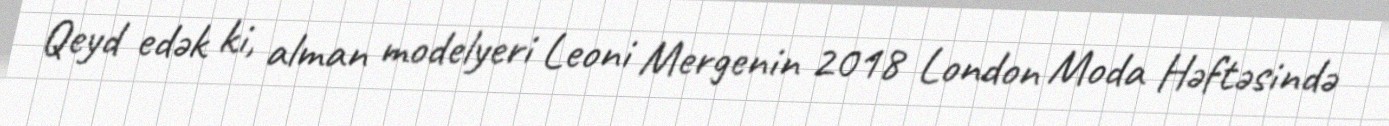
Qeyd edək ki, alman modelyeri Leoni Mergenin 2018 London Moda Həftəsində